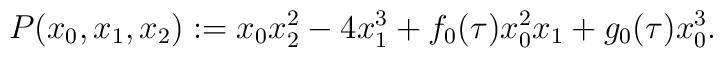
P(x_0,x_1,x_2):=x_0x_2^2-4x_1^3+f_0(\tau)x_0^2x_1+g_0(\tau)x_0^3.